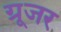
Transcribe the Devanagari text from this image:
ग्रूजर